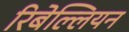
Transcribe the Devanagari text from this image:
रिबेल्लियन